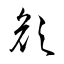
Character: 顏